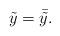
LaTeX: \begin{align*}\tilde y= \bar{\tilde y}.\end{align*}